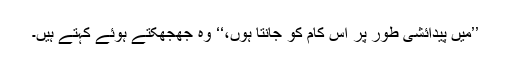
’’میں پیدائشی طور پر اس کام کو جانتا ہوں،‘‘ وہ جھجھکتے ہوئے کہتے ہیں۔